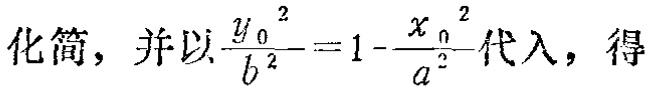
化简，并以$\frac{y_{0}^{2}}{b^{2}} = 1 - \frac{x_{0}^{2}}{a^{2}}$代入，得